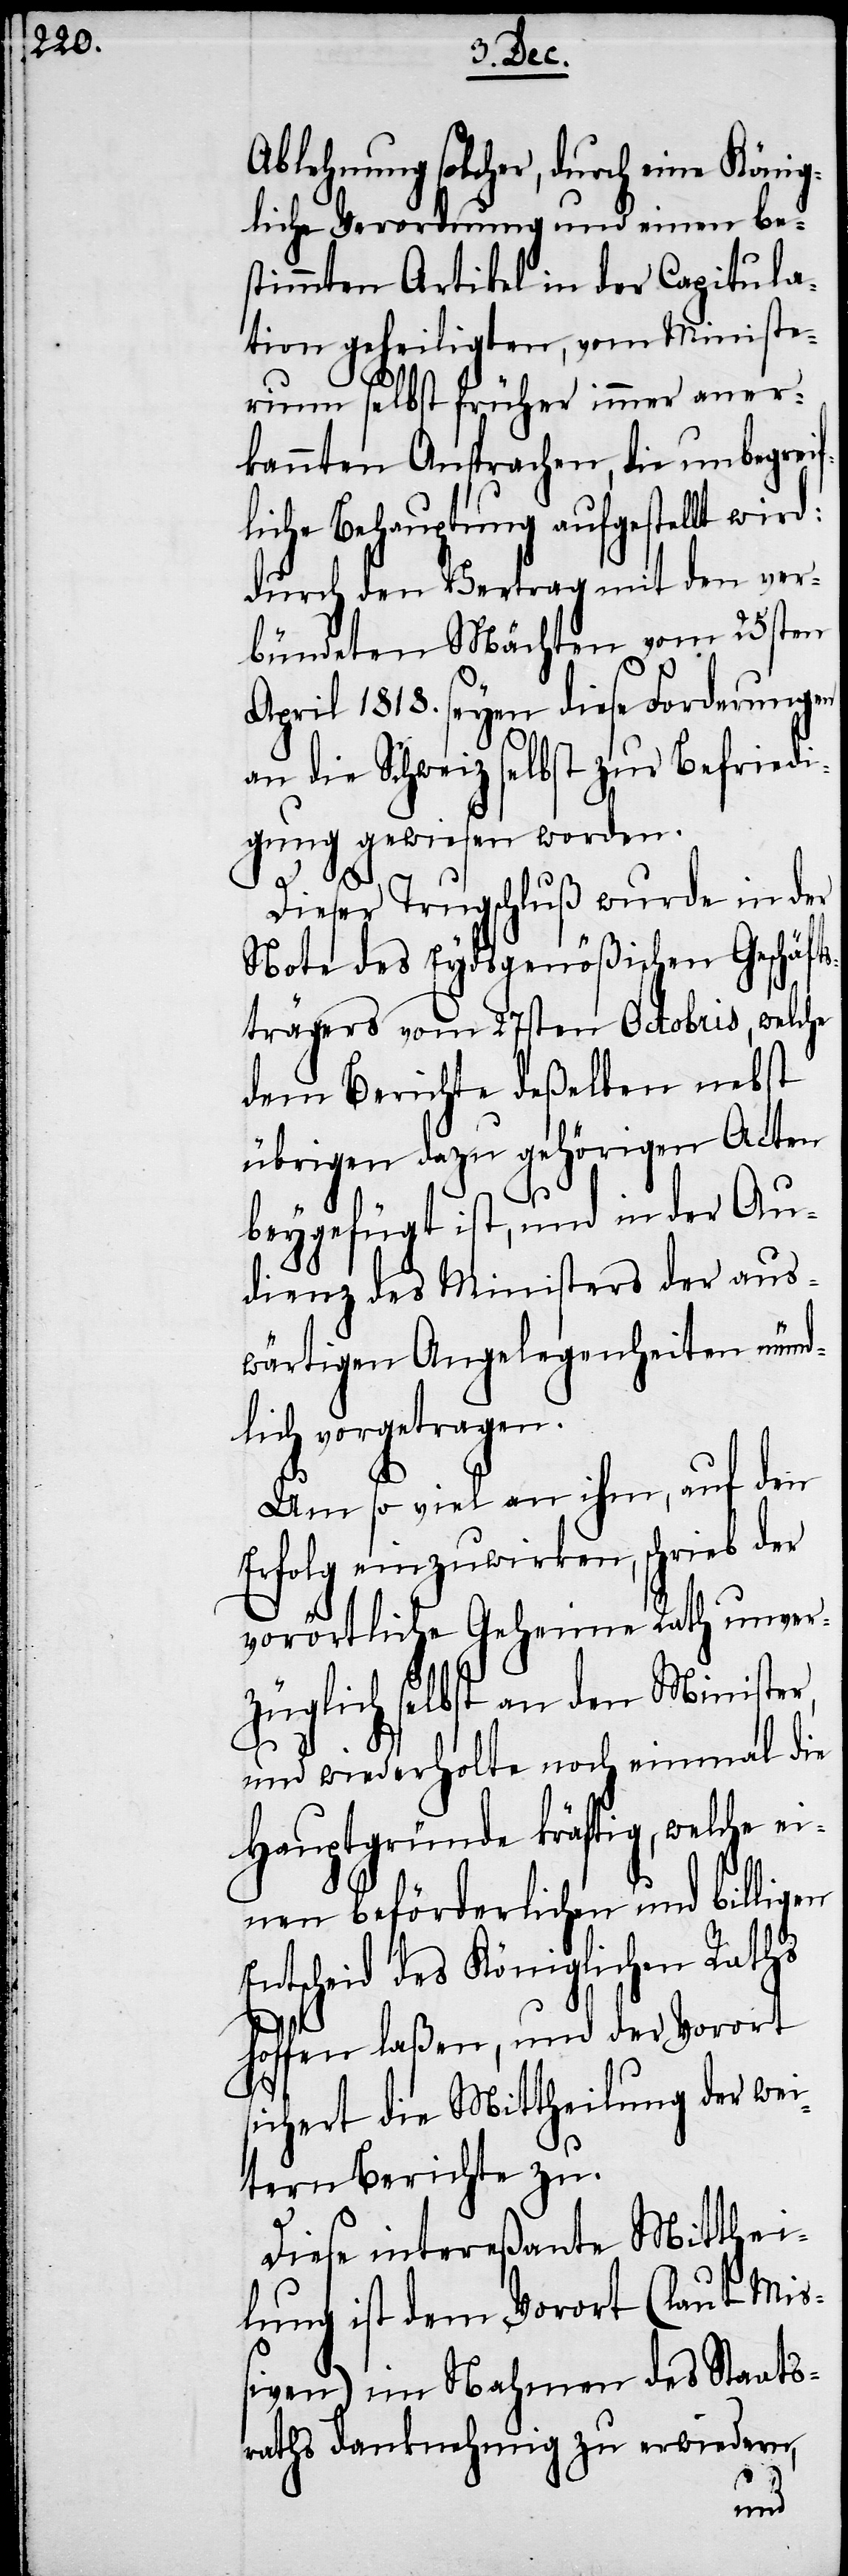
Ablehnung solcher, durch eine König¬
liche Verordnung und einen be¬
stimmten Artikel in der Capitula¬
tion geheiligten, vom Ministe¬
rium selbst früher immer aner¬
kannten Ansprachen, die unbegrei¬
fliche Behauptung aufgestellt wird:
durch den Vertrag mit den ver¬
bündeten Mächten vom 25sten
April 1818. seyen diese Forderungen
an die Schweiz selbst zur Befriedi¬
gung gewiesen worden.
Dieser Trugschluß wurde in der
Note des Eydsgenößischen Geschäft¬
strägers vom 27sten Octobris, welche
dem Berichte deßelben nebst
übrigen dazu gehörigen Acten
beygefügt ist, und in der Au¬
dienz des Ministers der aus¬
wärtigen Angelegenheiten münd¬
lich vorgetragen.
Um so viel an ihm, auf den
Erfolg einzuwirken, schrieb der
vorörtliche Geheime Rath unver¬
züglich selbst an den Minister,
und wiederholte noch einmal die
Hauptgründe kräftig, welche ei¬
nen beförderlichen und billigen
Entscheid des Königlichen Raths
hoffen laßen, und der Vorort
sichert die Mittheilung der wei¬
tern Berichte zu.
Diese intereßante Mitthei¬
lung ist dem Vorort (laut Miß¬
iven) im Nahmen des Staats¬
raths danknehmig zu erwiedern,